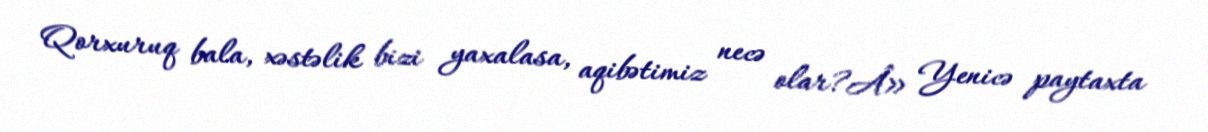
Qorxuruq bala, xəstəlik bizi yaxalasa, aqibətimiz necə olar?Â» Yenicə paytaxta